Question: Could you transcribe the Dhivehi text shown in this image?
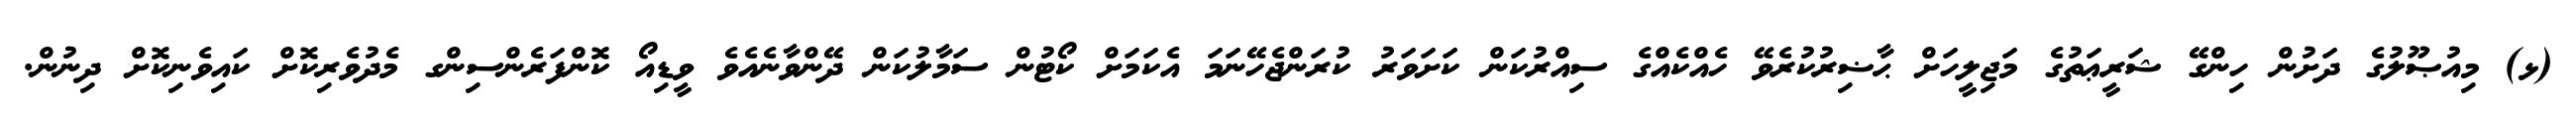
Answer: (ޅ) މިއުޞޫލުގެ ދަށުން ހިންގޭ ޝަރީޢަތުގެ މަޖިލީހަށް ޙާޟިރުކުރެވޭ ހެއްކެއްގެ ސިއްރުކަން ކަށަވަރު ކުރަންޖެހޭނަމަ އެކަމަށް ކޯޓުން ސަމާލުކަން ދޭންވާނެއެވެ ވީޑިއޯ ކޮންފަރެންސިންގ މެދުވެރިކޮށް ކައިވެނިކޮށް ދިނުން.